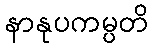
နာနုပကမ္ပတိ